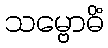
သမ္ဗောဓိံ